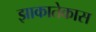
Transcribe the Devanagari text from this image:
झाकातेकास